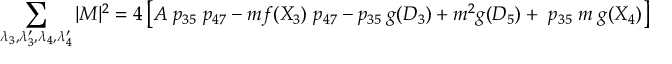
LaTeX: \sum _ { \lambda _ { 3 } , \lambda _ { 3 } ^ { \prime } , \lambda _ { 4 } , \lambda _ { 4 } ^ { \prime } } | M | ^ { 2 } = 4 \left[ A \; p _ { 3 5 } \; p _ { 4 7 } - m f ( X _ { 3 } ) \; p _ { 4 7 } - p _ { 3 5 } \: g ( D _ { 3 } ) + m ^ { 2 } g ( D _ { 5 } ) + \; p _ { 3 5 } \; m \; g ( X _ { 4 } ) \right]